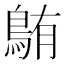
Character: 𫚸